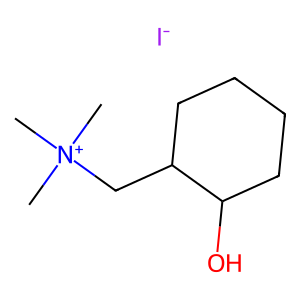
SMILES: C[N+](C)(C)CC1CCCCC1O.[I-]
Inhibits HIV replication: No